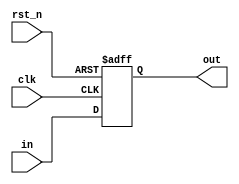
module REG32(clk,rst_n,in,out);
parameter N=32;
input [N-1:0] in;
input clk,rst_n;
output [N-1:0] out;
reg [N-1:0] out;

always @ (posedge clk or negedge rst_n)
begin
    if(!rst_n) out <= {N{1'b0}};
    else out <= in;
end
endmodule